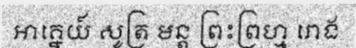
អាគ្នេយ៍ សូត្រ មន្ត ព្រះព្រហ្ម រោង